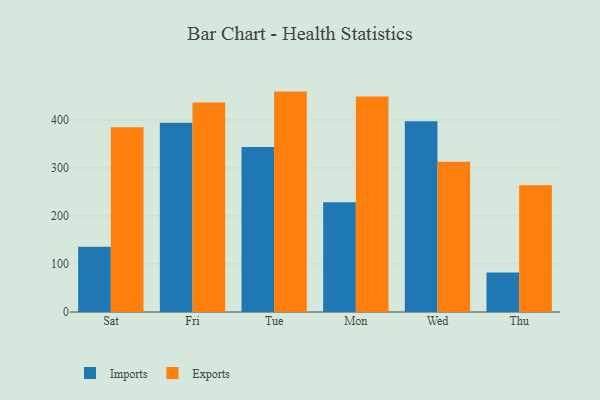
{"axis": {"x": "Day", "y": "Revenue (USD Million)"}, "legend": ["Exports", "Imports"], "data": [{"x": "Sat", "y": 136.1, "type": "Imports"}, {"x": "Sat", "y": 384.8, "type": "Exports"}, {"x": "Fri", "y": 394.1, "type": "Imports"}, {"x": "Fri", "y": 436.5, "type": "Exports"}, {"x": "Tue", "y": 343.9, "type": "Imports"}, {"x": "Tue", "y": 459.2, "type": "Exports"}, {"x": "Mon", "y": 228.8, "type": "Imports"}, {"x": "Mon", "y": 449.1, "type": "Exports"}, {"x": "Wed", "y": 397.5, "type": "Imports"}, {"x": "Wed", "y": 312.9, "type": "Exports"}, {"x": "Thu", "y": 82.1, "type": "Imports"}, {"x": "Thu", "y": 264.3, "type": "Exports"}]}